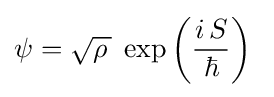
\psi ={\sqrt {\rho \,}}\;\exp \left({\frac {i\,S}{\hbar }}\right)~